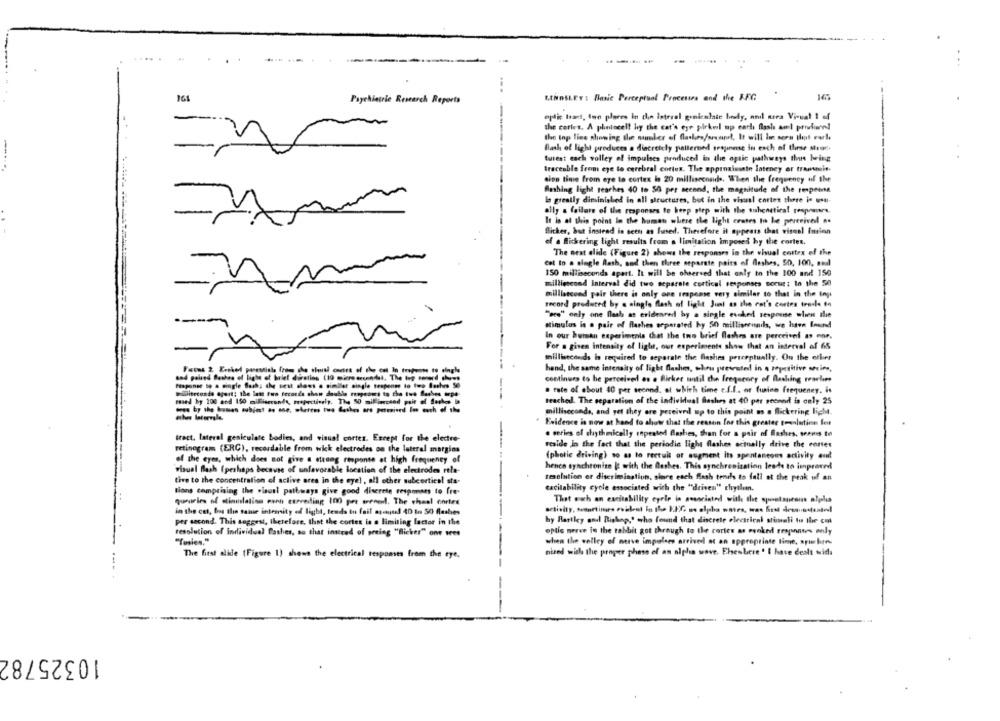
...
161
Psychiatrie Research Reports
MINDSLEY : Basic Perceptual Processes and the AFG
eplic tad, too places In chin lateral genieslate body, and sea Visual 1 of
the cortes. A photocel! hy the cat's eye pirkul up each Bash aml portare!
the top line showing the number of flashes/srasul, It will lin sora that rarle
flash of light produces a dietretcly patterned sesjinese in each of these struc.
turest cach volley of impulses produced in the optic pathways thus being
traceable from eye to cerebral cortus. The approximate latency er transmis-
cion time from eye to cortex lo 20 milliseconds. When the frequency of the
flashing light reaches 40 to 50 per second, the magnitude of the response
In greatly diminished in all structures, but in the visual cortex there is usu-
ally a failure of the responses to keep step with the suhenetica! responsars.
It is at this point In the human where the light crates to be perceived ..
Blicker, but instead is seen as fused. Therefore it appears that visesl fmsinn
of a flickering light results from a limitation imposed by the cortes.
The next alide (Figure 2) shows the responses in the vhual cortex of the
cal to . single flash, and then three separate pairs of flashes, 50, 100, and
150 milliseconds apart. It will be observed that only to the 100 and 150
milliescond Interval did two separate cortical responses socur; to the 50
millisecond pair there is only one response very similar to that in the top
record produced by a single flash of light Just as the cat's cortes tresle to
"ace" only one flash as eridenred by a single evoked response when the
stimulus la a pair of flashes erparated by 50 milliseconds, we have Enund
In our human experiments that the two brief flashes are perccisol as mor.
For a given intensity of light, our experiments show that an interval af 65
milliseconds is required to separate the Gashes perceptually. On the other
hand, the same intensity of light flashes, whou prevented in a repetitive series,
Foons 2 Ereked parentiale (roos che wieund ones of the cot In trophouse to single
sod paled Bashes of light of balet duration (19 micro arendal. The top conard shows
continues to be perceived os a Birker until the frequency of flashing reaches
Proponer to a single Sach; the sest alees . simllet single tespenne to two lashes 50
. tale of about 40 per second. at which time c.f.f. or tusino frequency, is
milliseconde agurt! the last two tecaces chon double renpesos to the tus flaches arpe-
mased by 200 and 150 milliseconds, respectively. The 50 milfinccsnd pair of Serhos b
reached. The separation of the individual Bashes at 40 per second is only 25
milliseconds, and yet they are pereived up to this point os o flickering licht.
Evidence is now at hand to show that the reason Los this grester tonlutins let
. series of rhythmically repeated Bashes, than for a pair of flashes, seems to
tract, lateral geniculate bodies, and visual cortes. Except for the electre-
reside in the fact that the periodic light flashes actually drive the conter
retinegram (ERC), recordable from wick electrodes on the lateral margins
of the eyes, which does not give a strong response at high frequency of
(photic driving) so as to rectul or augment its spontaneous activity out
hence synchronize It with the Bushes. This synchronisation leads to improved
visual flash (perhaps because of unfavorable location of the electrodes rtle-
tive to the concentration of active area in the eye) , all other subcortical sts-
tesolution er discrimination, share ench flash tends to fall at the peak of an
tions comprising the wiausi pathways give good discrete responses to fre
cacilability cycle associated with the "driven" rhyilimn.
queueles of stimulation euch expreding 100 pre sene. The cheal cortex
That owh an excitability eyele in seseriated with the spontaneous alplus
in the cat, but the same internity of light, tends to fail asanud 40 to 50 flashes
hy Bartley and Bishop,' who found that discrete electrical stimoli to the co
per second. This suggest, therefore, that the cortex is e limiting factor in the
resolution of individual flashes, so that instead of seeing "Blicker" one wees
optic nerve in the rabbit got through to the cortes as ranked responses only
"Tusien,"
when the valley of nerve impulses arrived at an appropriate time, ayubres
The first alide (Figure 1) shows the electrical responses from the eye,
nixed with the proper phase of an alpha wave. Ehseslere ' I have dealt with
10325782